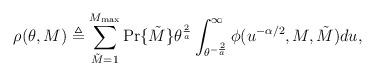
LaTeX: \begin{align*} \rho(\theta, M) \triangleq \sum_{\tilde{M}=1}^{M_{\textrm{max}}} \Pr\{\tilde{M}\} \theta ^{\frac{2}{a}} \int_{\theta^{-\frac{2}{a}}}^\infty \phi(u^{-\alpha/2} ,M, \tilde{M}) du,\end{align*}